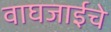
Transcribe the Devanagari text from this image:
वाघजाईचे